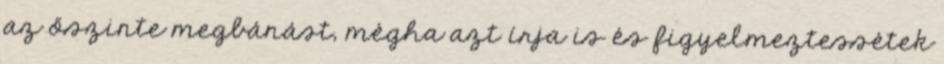
az őszinte megbánást, mégha azt írja is és figyelmeztessétek